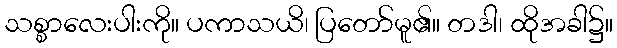
သစ္စာလေးပါးကို။ ပကာသယိ၊ ပြတော်မူ၏။ တဒါ၊ ထိုအခါ၌။